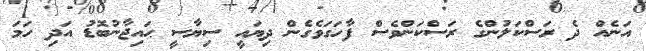
އަނެއް ދެ ރަސްކަލުންގެ ރަސްކަންވެސް ފާހަގަވެގެން ދިޔައީ ސިޔާސީ ޙައިޖާނުބޮޑު އަދި ހަމަ